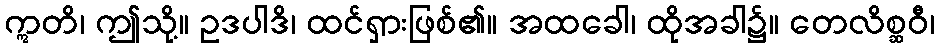
ဣတိ၊ ဤသို့။ ဥဒပါဒိ၊ ထင်ရှားဖြစ်၏။ အထခေါ၊ ထိုအခါ၌။ တေလိစ္ဆဝီ၊